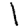
Digit: 1